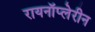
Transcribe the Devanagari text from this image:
रायनॉप्लेरीन